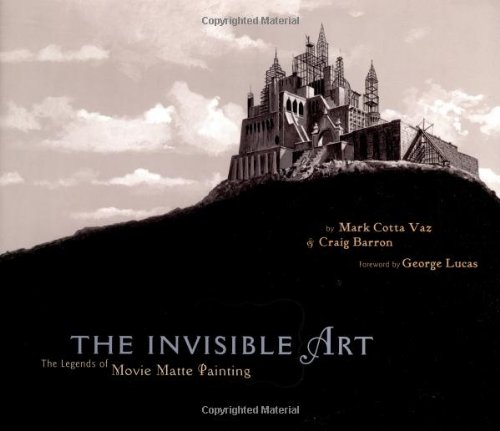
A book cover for The Invisible Art; Mark Cotta Vaz; Arts & Photography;